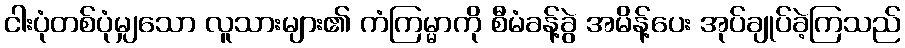
ငါးပုံတစ်ပုံမျှသော လူသားများ၏ ကံကြမ္မာကို စီမံခန့်ခွဲ အမိန့်ပေး အုပ်ချုပ်ခဲ့ကြသည်